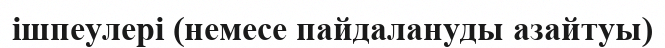
ішпеулері (немесе пайдалануды азайтуы)